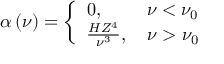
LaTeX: \alpha \left( \nu \right) = \left\{ { { \begin{array} { c } { { { 0 , \quad \quad ~ \nu < \nu _ { 0 } } \hfill } } \\ { { { \frac { H Z ^ { 4 } } { \nu ^ { 3 } } , \quad \nu > \nu _ { 0 } } \hfill } } \end{array} } } \right.